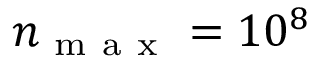
n _ { \mathrm { ~ m ~ a ~ x ~ } } = 1 0 ^ { 8 }